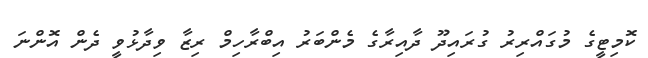
ކޮމިޓީގެ މުގައްރިރު ގުރައިދޫ ދާއިރާގެ މެންބަރު އިބްރާހިމް ރިޒާ ވިދާޅުވީ ދެން އޮންނަ